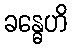
ခန္ဓေဟိ